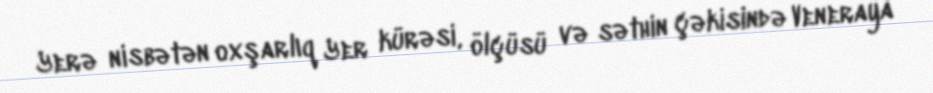
Yerə nisbətən oxşarlıq Yer kürəsi, ölçüsü və səthin çəkisində Veneraya